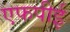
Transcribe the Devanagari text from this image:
एफपीई